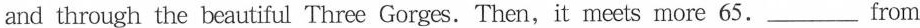
and through the beautiful Three Gorges.Then, it meets more 65. ____ from